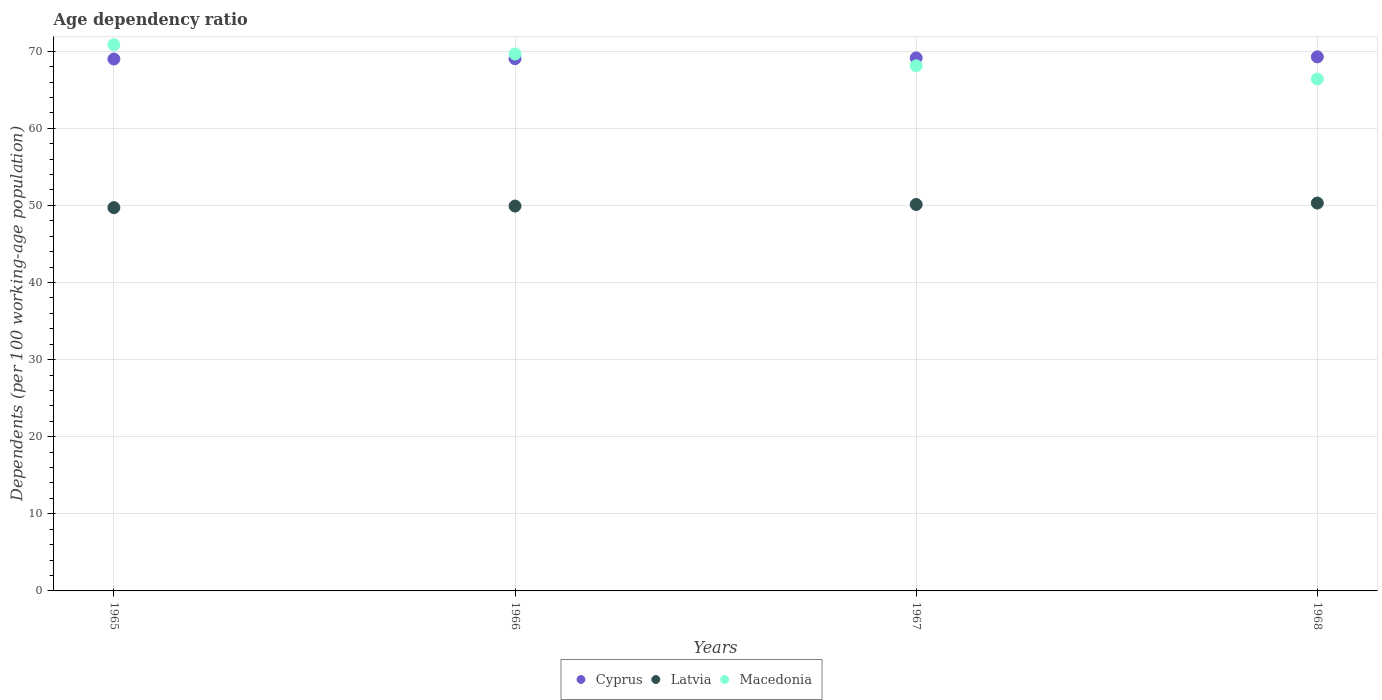
| Years | Cyprus | Latvia | Macedonia |
 | --- | --- | --- | --- |
 | 1965 | 69 | 49.7 | 70.8 |
 | 1966 | 69 | 49.9 | 69.6 |
 | 1967 | 69.1 | 50.1 | 68.1 |
 | 1968 | 69.3 | 50.3 | 66.4 |